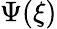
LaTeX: \Psi(\xi)